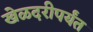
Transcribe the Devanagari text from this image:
खेळदरीपर्यंत